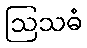
ဩသဓံ